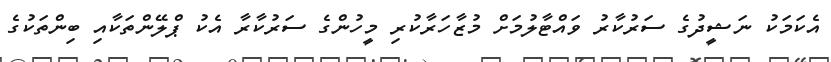
އެކަމަކު ނަޝީދުގެ ސަރުކާރު ވައްޓާލުމަށް މުޒާހަރާކުރި މީހުންގެ ސަރުކާރާ އެކު ޕްލޭންތަކާއި ބިންތަކުގެ